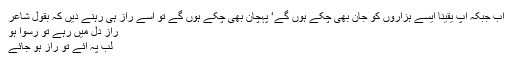
اب جبکہ آپ یقینا ایسے ہزاروں کو جان بھی چکے ہوں گے‘ پہچان بھی چکے ہوں گے تو اسے راز ہی رہنے دیں کہ بقول شاعر
راز دل میں رہے تو رسوا ہو
لب پہ آئے تو راز ہو جائے